Indian journal of veterinary science and animal husbandry - Volumes 24-25, 1954-1955
Year: 1954
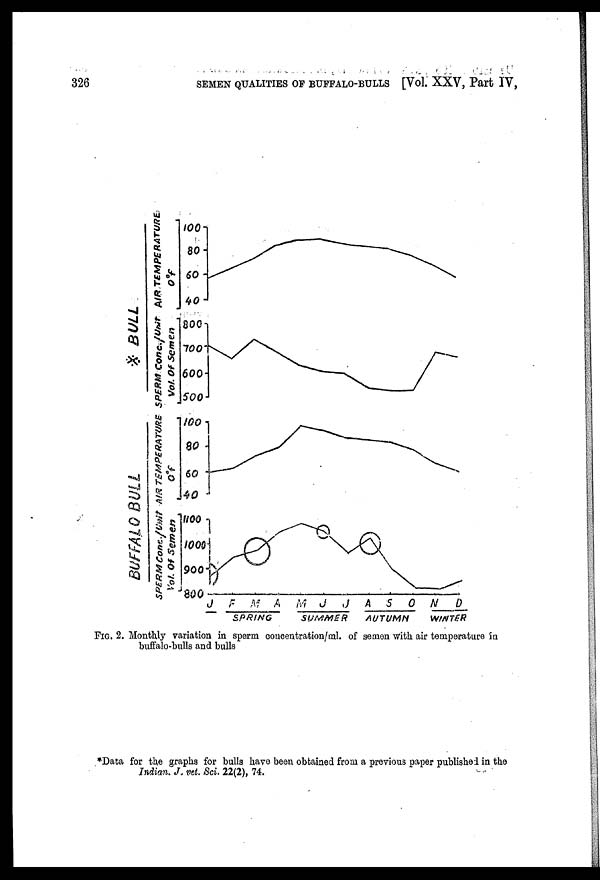
326
SEMEN QUALITIES OF BUFFALO-BULLS [Vol. XXV, Part IV,
FIG. 2. Monthly variation in sperm concentration/ml. of semen with air temperature in
buffalo-bulls and bulls
*Data for the graphs for bulls have been obtained from a previous paper published in the
Indian. J. vet. Sci. 22(2), 74.